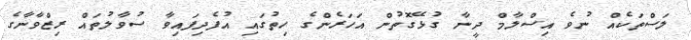
ލަސްތަކެއް ނުވެ އިސްލާމް ދީނާ ގުޅޭގޮތުން އަހަރެންގެ ހިތުގައި އުފެދިފައިވާ ސުވާލުތައް ރިޒްވާނާގެ